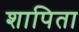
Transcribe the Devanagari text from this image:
शापिता